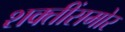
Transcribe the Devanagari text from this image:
शक्तींसमोर